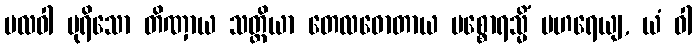
ဗလဝါ ပုရိသော တိဏှာယ သတ္တိယာ တေလဓောတာယ ပစ္စောရသ္မိံ ပဟရေယျ, ယံ ဝါ